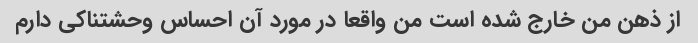
از ذهن من خارج شده است من واقعا در مورد آن احساس وحشتناکی دارم